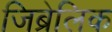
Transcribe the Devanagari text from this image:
जिब्रेलिक